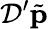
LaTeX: \mathcal{D}^{\prime}\tilde{\mathbf{p}}